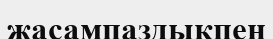
жасампаздықпен